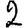
Digit: 2